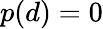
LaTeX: p(d)=0